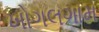
ખોગલગામ